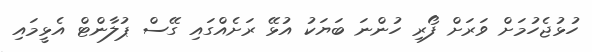
ހުޅުޖެހުމަށް ވަރަށް ފޯރި ހުންނަ ބަޔަކު އުޅޭ ރަށެއްގައި ގޭސް ޕުލާންޓް އެޅީމައި